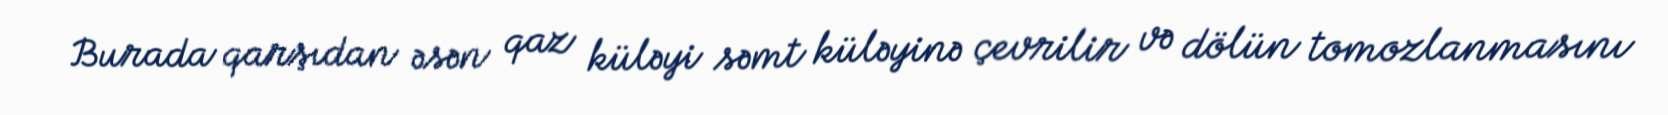
Burada qarşıdan əsən qaz küləyi səmt küləyinə çevrilir və dölün tomozlanmasını